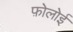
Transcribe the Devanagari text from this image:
फ़ोलोई